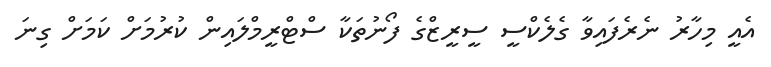
އެއީ މިހާރު ނެރެފައިވާ ގެލެކްސީ ސީރީޒްގެ ފޯނުތަކާ ސްޓްރީމްލައިން ކުރުމަށް ކަމަށް ގިނަ